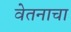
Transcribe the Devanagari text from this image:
वेतनाचा